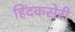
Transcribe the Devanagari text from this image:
हिंदकसेरी